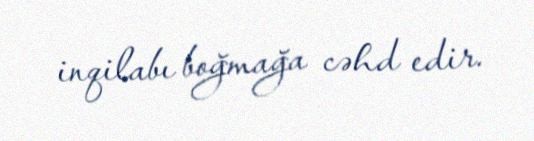
inqilabı boğmağa cəhd edir.